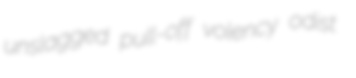
unslagged pull-off volency odist